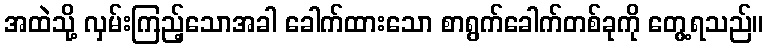
အထဲသို့ လှမ်းကြည့်သောအခါ ခေါက်ထားသော စာရွက်ခေါက်တစ်ခုကို တွေ့ရသည်။